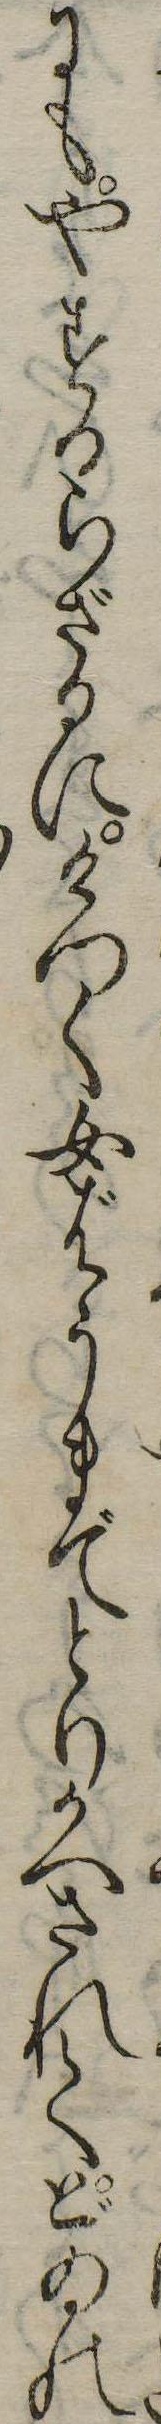
にもやすからざるにけつく女ばうまでとりかへされてどゐの